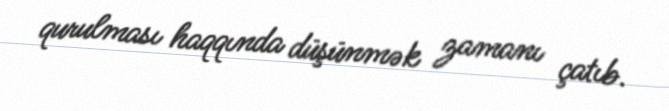
qurulması haqqında düşünmək zamanı çatıb.